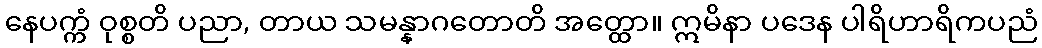
နေပက္ကံ ဝုစ္စတိ ပညာ, တာယ သမန္နာဂတောတိ အတ္ထော။ ဣမိနာ ပဒေန ပါရိဟာရိကပညံ